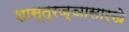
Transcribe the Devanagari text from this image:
शास्त्रज्ञासारखे